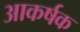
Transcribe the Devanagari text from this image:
अाकर्षक